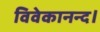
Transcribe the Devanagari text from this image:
विवेकानन्द।